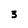
Character: 3